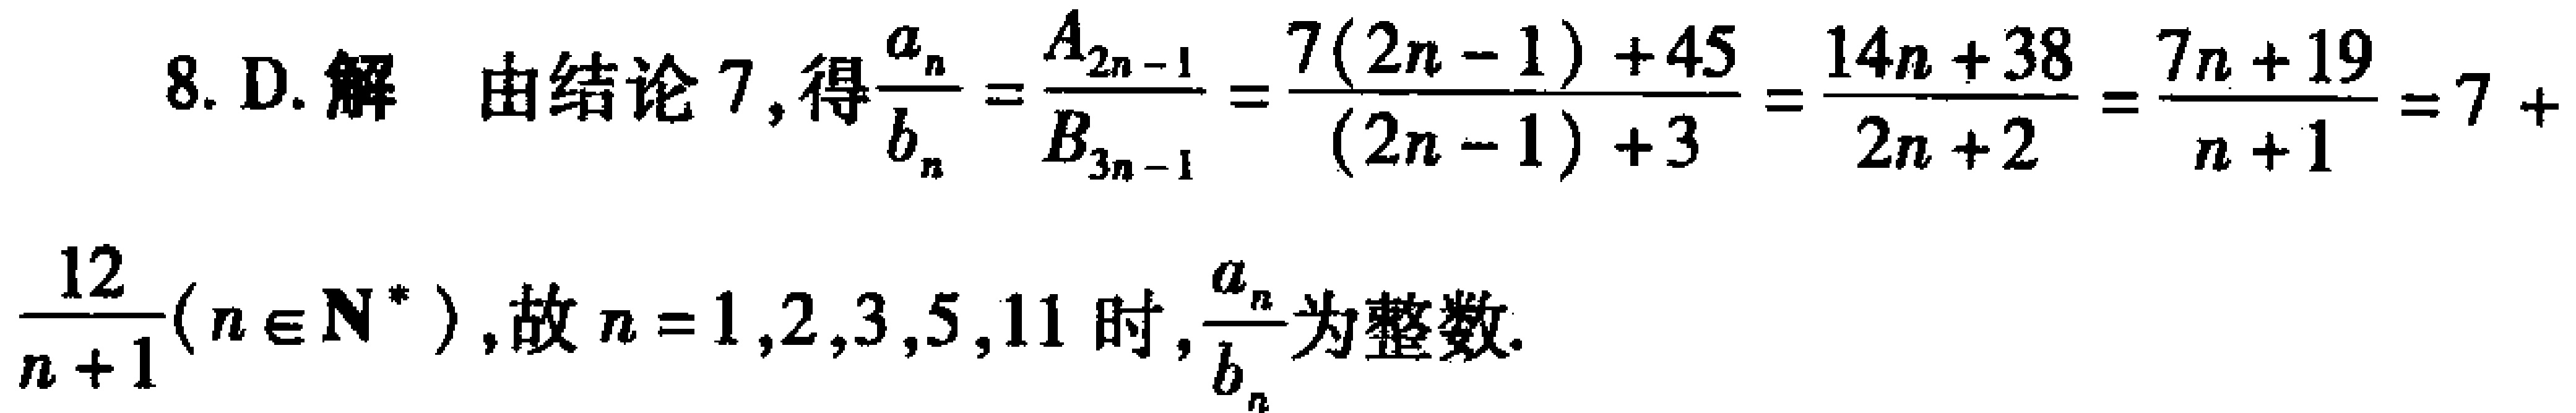
8. D. 解 由结论 7, 得$\frac{a_{n}}{b_{n}}=\frac{A_{2n - 1}}{B_{3n - 1}}=\frac{7(2n - 1)+45}{(2n - 1)+3}=\frac{14n + 38}{2n + 2}=\frac{7n + 19}{n + 1}=7+\frac{12}{n + 1}(n\in\mathbf{N}^{*})$, 故$n = 1,2,3,5,11$时, $\frac{a_{n}}{b_{n}}$为整数.